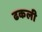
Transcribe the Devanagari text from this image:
ढकली